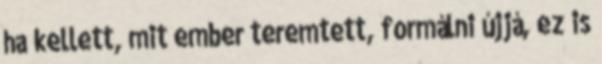
ha kellett, mit ember teremtett, formálni újjá, ez is